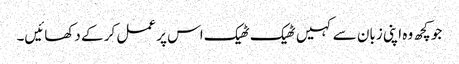
جو کچھ وہ اپنی زبان سے کہیں ٹھیک ٹھیک اس پر عمل کر کے دکھائیں۔